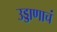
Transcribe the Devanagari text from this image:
उड्डाणाचं